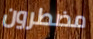
مضطرون